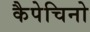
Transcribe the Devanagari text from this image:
कैपेचिनो